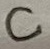
Text: C